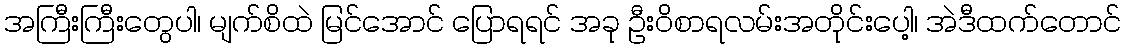
အကြီးကြီးတွေပါ၊ မျက်စိထဲ မြင်အောင် ပြောရရင် အခု ဦးဝိစာရလမ်းအတိုင်းပေါ့၊ အဲဒီထက်တောင်